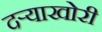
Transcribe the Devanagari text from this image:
दऱ्‍याखोरी